Treatise on elephants
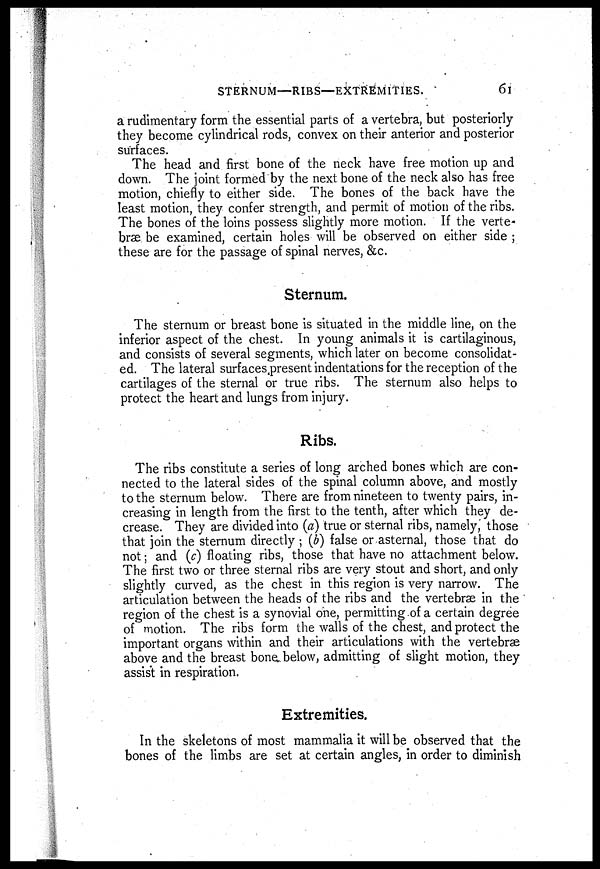
STERNUM—RIBS—EXTREMITIES.
61
a rudimentary form the essential parts of a vertebra, but posteriorly
they become cylindrical rods, convex on their anterior and posterior
surfaces.
The head and first bone of the neck have free motion up and
down. The joint formed by the next bone of the neck also has free
motion, chiefly to either side. The bones of the back have the
least motion, they confer strength, and permit of motion of the ribs.
The bones of the loins possess slightly more motion. If the verte-
bræ be examined, certain holes will be observed on either side ;
these are for the passage of spinal nerves, &c.
Sternum.
The sternum or breast bone is situated in the middle line, on the
inferior aspect of the chest. In young animals it is cartilaginous,
and consists of several segments, which later on become consolidat-
ed. The lateral surfaces present indentations for the reception of the
cartilages of the sternal or true ribs. The sternum also helps to
protect the heart and lungs from injury.
Ribs.
The ribs constitute a series of long arched bones which are con-
nected to the lateral sides of the spinal column above, and mostly
to the sternum below. There are from nineteen to twenty pairs, in-
creasing in length from the first to the tenth, after which they de-
crease. They are divided into (a) true or sternal ribs, namely, those
that join the sternum directly ; (b) false or asternal, those that do
not ; and (c) floating ribs, those that have no attachment below.
The first two or three sternal ribs are very stout and short, and only
slightly curved, as the chest in this region is very narrow. The
articulation between the heads of the ribs and the vertebræ in the
region of the chest is a synovial one, permitting of a certain degree
of motion. The ribs form the walls of the chest, and protect the
important organs within and their articulations with the vertebræ
above and the breast bone below, admitting of slight motion, they
assist in respiration.
Extremities.
In the skeletons of most mammalia it will be observed that the
bones of the limbs are set at certain angles, in order to diminish